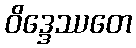
ဝိဒ္ဒေဿတေ